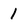
Character: 1